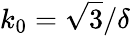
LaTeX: k_{0}=\sqrt{3}/\delta